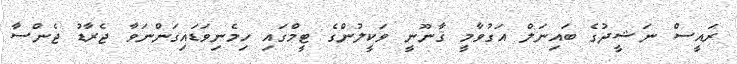
ރައީސް ނަޝީދުގެ ބައިނަލް އަގުވާމީ ޤާނޫނީ ވަކީލުންގެ ޓީމްގައި ހިމެނިވަޑައިގަންނަވާ ޖެރާޑު ޖެންސާ